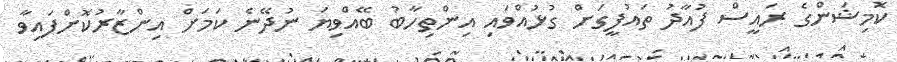
ކޮމިޝަންގެ ރައީސް ފުއާދު ތައުފީގަށް ގުޅުއްވައި އިންތިހާބު ބޭއްވިޔަ ނުދޭނެ ކަމަށް އިންޒާރުކޮށްފައިވާ